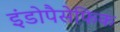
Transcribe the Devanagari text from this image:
इंडोपैसेफिक